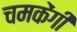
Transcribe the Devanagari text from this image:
चमकेंगी